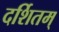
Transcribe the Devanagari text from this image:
दर्शितम्